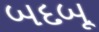
બદબૂ